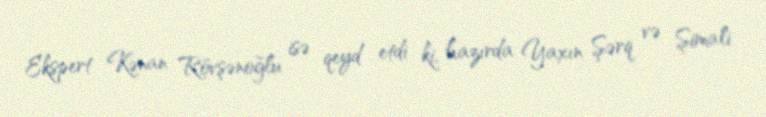
Ekspert Kənan Rövşənoğlu isə qeyd etdi ki, hazırda Yaxın Şərq və Şimali